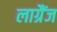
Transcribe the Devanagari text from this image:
लाग्रैंज